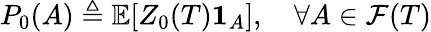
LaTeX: P_{0}(A)\triangleq\mathbb{E}[Z_{0}(T)\mathbf{1}_{A}],\quad\forall A\in{\mathcal{F}}(T)